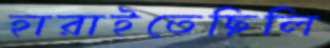
হারাইতেছিলি